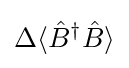
\Delta \langle {\hat {B}}^{\dagger }{\hat {B}}\rangle